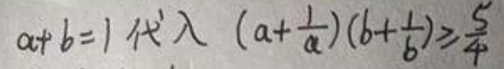
$a + b = 1,\ 代 入\ (a+\frac{1}{a})(b + \frac{1}{b})\geqslant\frac{25}{4}$